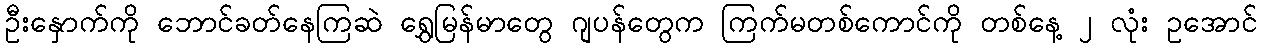
ဦးနှောက်ကို ဘောင်ခတ်နေကြဆဲ ရွှေမြန်မာတွေ ဂျပန်တွေက ကြက်မတစ်ကောင်ကို တစ်နေ့ ၂ လုံး ဥအောင်